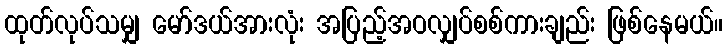
ထုတ်လုပ်သမျှ မော်ဒယ်အားလုံး အပြည့်အဝလျှပ်စစ်ကားချည်း ဖြစ်နေမယ်။